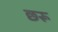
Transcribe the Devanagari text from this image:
छरू